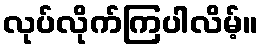
လုပ်လိုက်ကြပါလိမ့်။